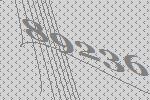
89236